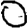
Digit: 0